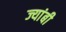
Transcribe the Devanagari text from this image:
ज्यांबी